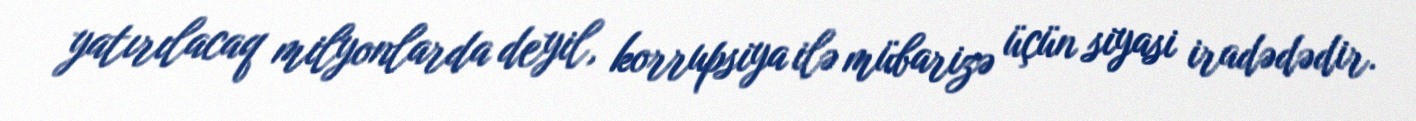
yatırılacaq milyonlarda deyil, korrupsiya ilə mübarizə üçün siyasi iradədədir.